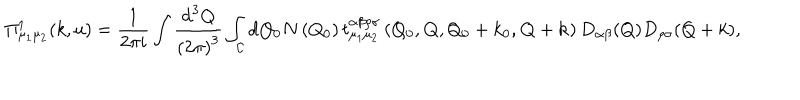
LaTeX: \Pi _ { \mu _ { 1 } \mu _ { 2 } } ^ { 1 } ( k , u ) = \frac { 1 } { 2 \pi i } \int \frac { \mathrm { d } ^ { 3 } Q } { \left( 2 \pi \right) ^ { 3 } } \int _ { \cal { C } } \mathrm { d Q _ { 0 } } N \left( Q _ { 0 } \right) t _ { \mu _ { 1 } \mu _ { 2 } } ^ { \alpha \beta \rho \sigma } \left( Q _ { 0 } , { \bf Q } , Q _ { 0 } + k _ { 0 } , { \bf Q } + { \bf k } \right) D _ { \alpha \beta } ( Q ) D _ { \rho \sigma } ( Q + k ) ,